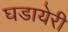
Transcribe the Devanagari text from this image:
घडायेरी